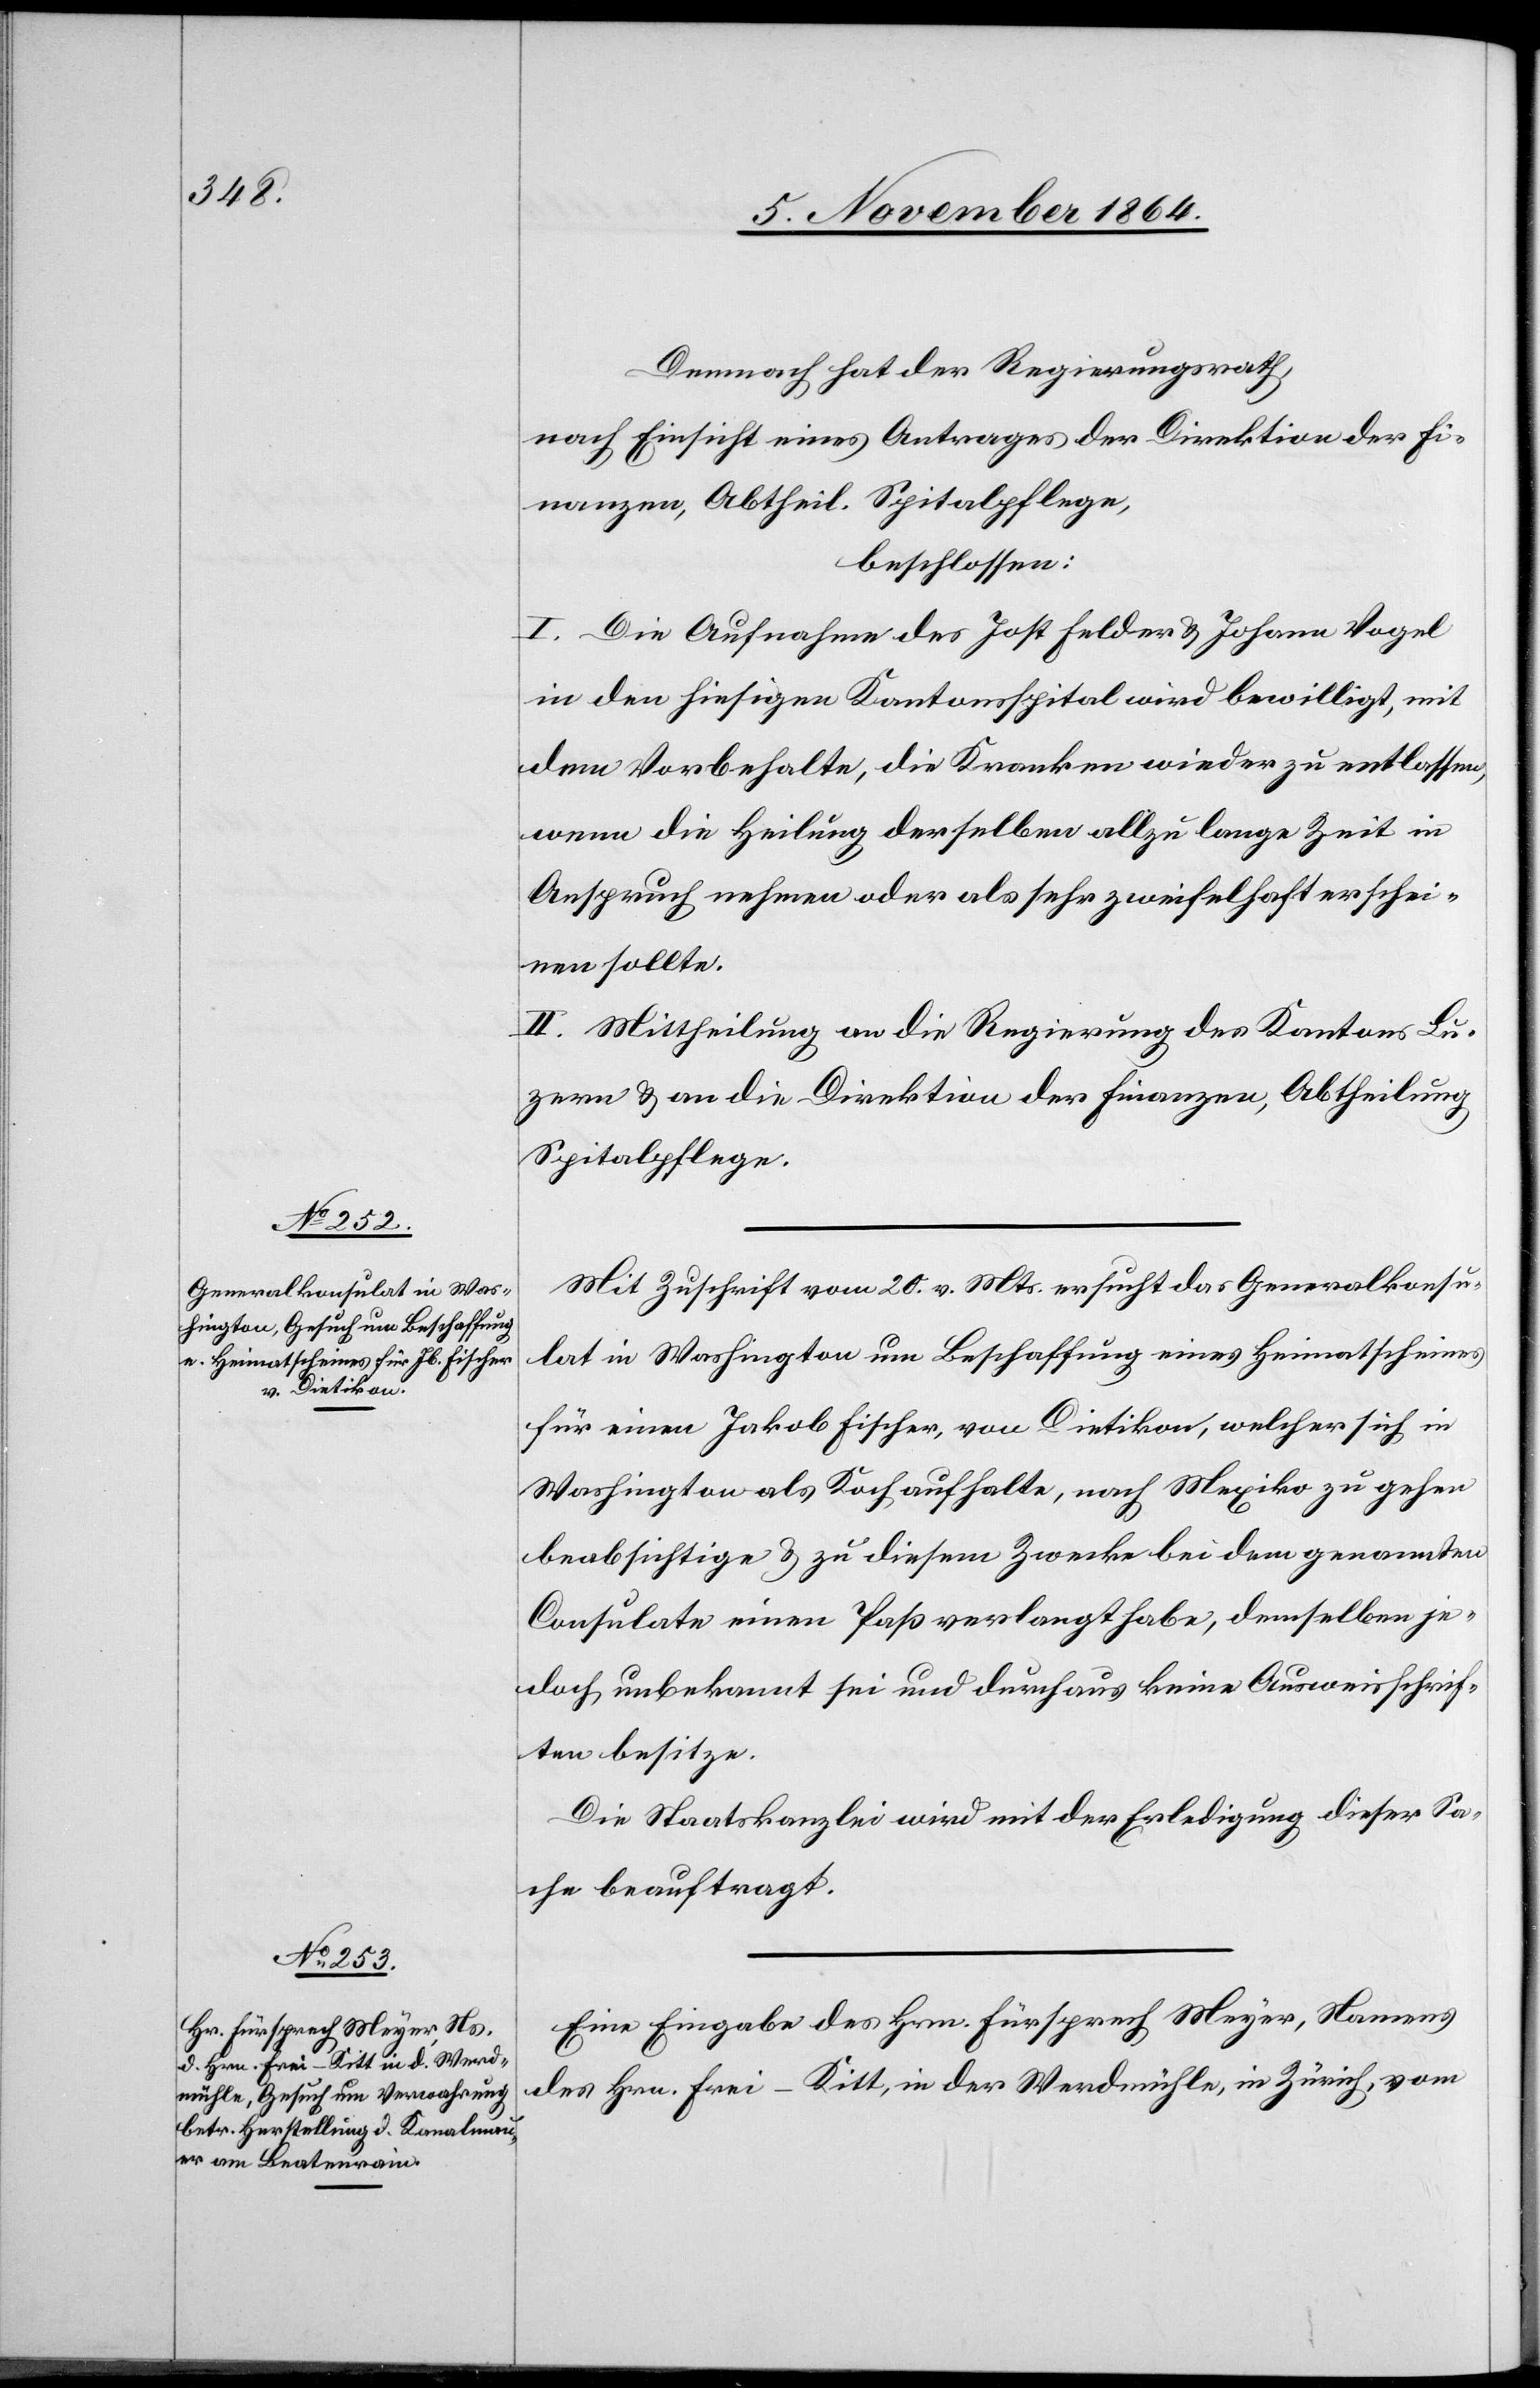
9. November 1864.]
Demnach hat der Regierungsrath,
nach Einsicht eines Antrages der Direktion der Fi¬
nanzen, Abtheil. Spitalpflege,
beschlossen:
I. Die Aufnahme des Jost Felder & Johann Vogel
in den hiesigen Kantonsspital wird bewilligt, mit
dem Vorbehalte, die Kranken wieder zu entlassen,
wenn die Heilung derselben allzu lange Zeit in
Anspruch nehmen oder als sehr zweifelhaft erschei¬
nen sollte.
II. Mittheilung an die Regierung des Kantons Lu¬
zern & an die Direktion der Finanzen, Abtheilung
Spitalpflege.
Mit Zuschrift vom 20. v. Mts. ersucht das Generalkonsu¬
lat in Washington um Beschaffung eines Heimatscheines
für einen Jakob Fischer, von Dietikon, welcher sich in
Washington als Koch aufhalte, nach Mexiko zu gehen
beabsichtige & zu diesem Zwecke bei dem genannten
Consulate einen Paß verlangt habe, demselben je¬
doch unbekannt sei und durchaus keine Ausweisschrif¬
ten besitze.
Die Staatskanzlei wird mit der Erledigung dieser Sa¬
che beauftragt.
Eine Eingabe des Hrn. Fürsprech Meyer, Namens
des Hrn. Frei-Kitt, in der Werdmühle, in Zürich, vom